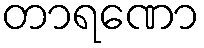
တာရဏော